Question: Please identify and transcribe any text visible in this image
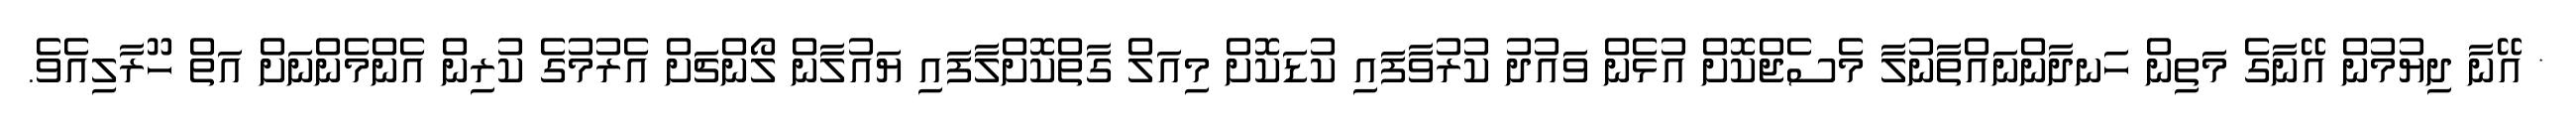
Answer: * އޭނާ ދިޔުމުން އޭނާގެ މަތިން ހަނދާންނައްތާނުލާ މެސެޖްކޮށް އުޅެން ވައުދު ކުރުވާފައި ކުޑަކޮށް މިއަލް ގާތްކޮށްލާފައި ޔައުލާން ލޯންޗަށް އެރުމުގެ ކުރިން އެންމެންނަށް އަތް ހޫރާލިއެވެ.